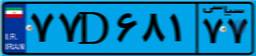
۱۰D۹۶۹۴۳